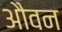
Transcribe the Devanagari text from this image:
औवन